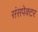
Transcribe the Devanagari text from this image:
संसपेक्टर